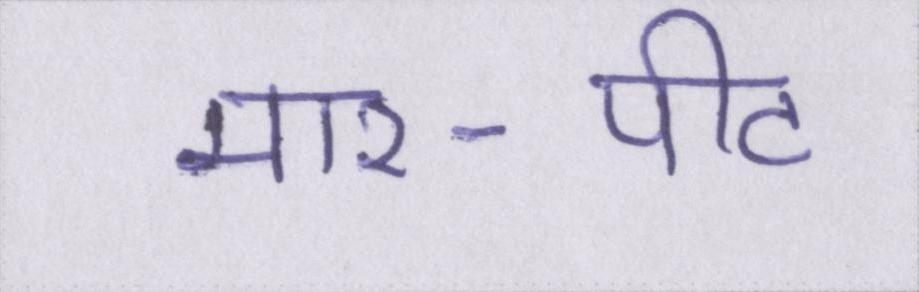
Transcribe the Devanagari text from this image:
मार-पीट